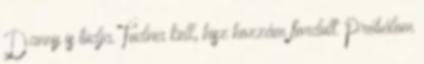
Danny is tudja. Tudnia kell, hisz hozzám fordult. Próbálom